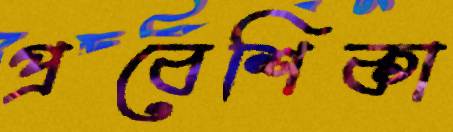
প্রবেশিকা